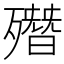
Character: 𣩳